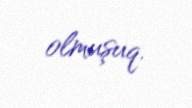
olmuşuq.